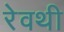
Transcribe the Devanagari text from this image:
रेवथी